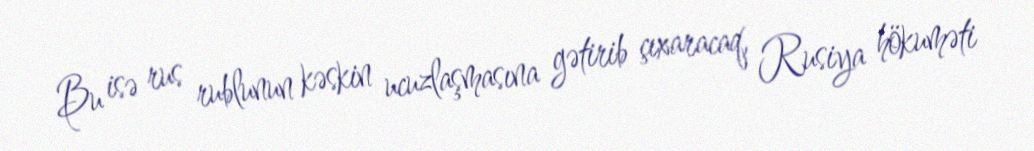
Bu isə rus rublunun kəskin ucuzlaşmasına gətirib çıxaracaq, Rusiya hökuməti